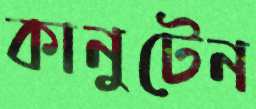
কানুটেন